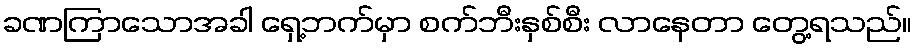
ခဏကြာသောအခါ ရှေ့ဘက်မှာ စက်ဘီးနှစ်စီး လာနေတာ တွေ့ရသည်။